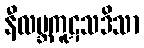
နီလဗ္ဘကူဋသဒိသာ